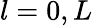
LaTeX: l=0,L